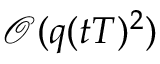
\mathcal { O } ( q ( t T ) ^ { 2 } )